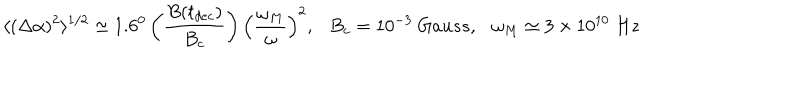
\langle ( \Delta \alpha ) ^ { 2 } \rangle ^ { 1 / 2 } \simeq 1 . 6 ^ { 0 } \left( \frac { B ( t _ { d e c } ) } { B _ { c } } \right) \left( \frac { \omega _ { M } } { \omega } \right) ^ { 2 } , B _ { c } = 1 0 ^ { - 3 } ~ G a u s s , \omega _ { M } \simeq 3 \times 1 0 ^ { 1 0 } ~ H z